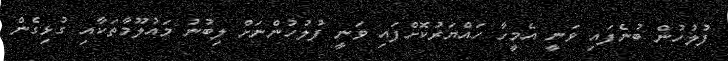
ފުލުހުން ބުނެފައި ވަނީ އެމީހާ ހައްޔަރުކޮށްފައި ވަނީ ފުލުހުންނަށް ލިބުނު މައުލޫމާތަކާއި ގުޅިގެން